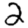
Digit: 2